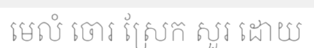
មេលំ ចោរ ស្រែក សួរ ដោយ